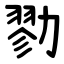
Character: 勠